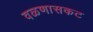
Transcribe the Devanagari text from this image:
वळणासकट